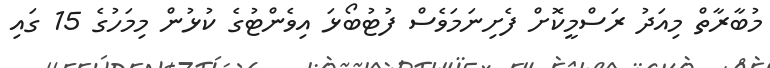
މުބާރާތް މިއަދު ރަސްމީކޮށް ފެށިނަމަވެސް ފުޓުބޯޅަ އިވެންޓުގެ ކުޅުން މިމަހުގެ 15 ގައި